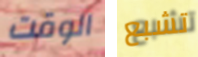
الوقت تشبع